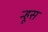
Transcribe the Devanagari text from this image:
न्हूस